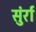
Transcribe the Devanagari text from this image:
सुंर्रा